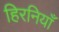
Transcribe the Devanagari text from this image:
हिरनियाँ